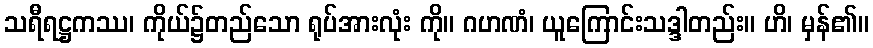
သရီရဋ္ဌကဿ၊ ကိုယ်၌တည်သော ရုပ်အားလုံး ကို။ ဂဟဏံ၊ ယူကြောင်းသဒ္ဒါတည်း။ ဟိ၊ မှန်၏။